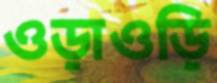
ওড়াওড়ি